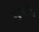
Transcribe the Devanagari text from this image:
बहुपठित